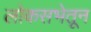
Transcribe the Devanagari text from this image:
लोकसभेतून